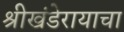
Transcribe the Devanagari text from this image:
श्रीखंडेरायाचा